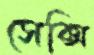
সেক্সি